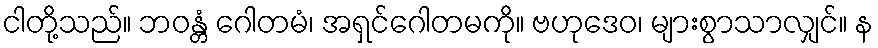
ငါတို့သည်။ ဘဝန္တံ ဂေါတမံ၊ အရှင်ဂေါတမကို။ ဗဟုဒေဝ၊ များစွာသာလျှင်။ န